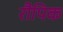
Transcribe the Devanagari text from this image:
रौपिक